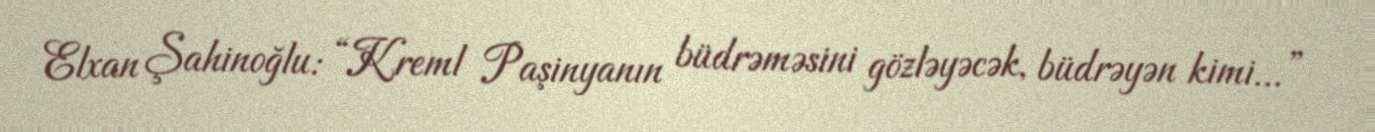
Elxan Şahinoğlu: “Kreml Paşinyanın büdrəməsini gözləyəcək, büdrəyən kimi...”